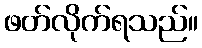
ဖတ်လိုက်ရသည်။